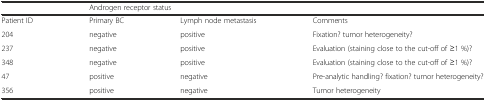
|  | <COLSPAN=2> Androgen receptor status |  |
 | --- | --- | --- | --- |
 | Patient ID | Primary BC | Lymph node metastasis | Comments |
 | 204 | negative | positive | Fixation? tumor heterogeneity? |
 | 237 | negative | positive | Evaluation (staining close to the cut-off of ≥1 %)? |
 | 348 | negative | positive | Evaluation (staining close to the cut-off of ≥1 %)? |
 | 47 | positive | negative | Pre-analytic handling? fixation? tumor heterogeneity? |
 | 356 | positive | negative | Tumor heterogeneity |